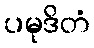
ပမုဒိတံ